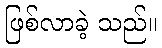
ဖြစ်လာခဲ့ သည်။